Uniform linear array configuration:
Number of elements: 16
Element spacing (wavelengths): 0.25
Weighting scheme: exponential
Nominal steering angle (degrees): -30
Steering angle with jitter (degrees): -30.493
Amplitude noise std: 0.05
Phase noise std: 0.05

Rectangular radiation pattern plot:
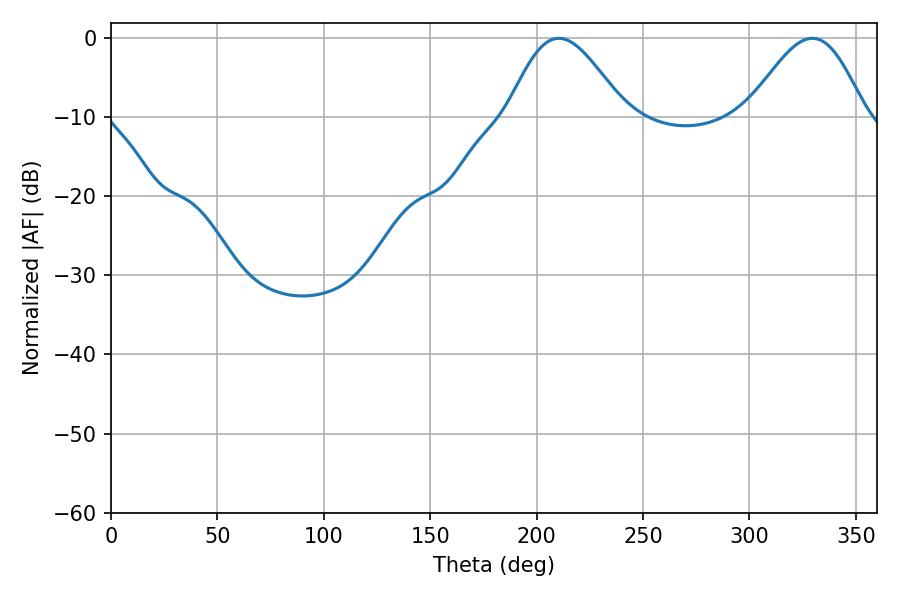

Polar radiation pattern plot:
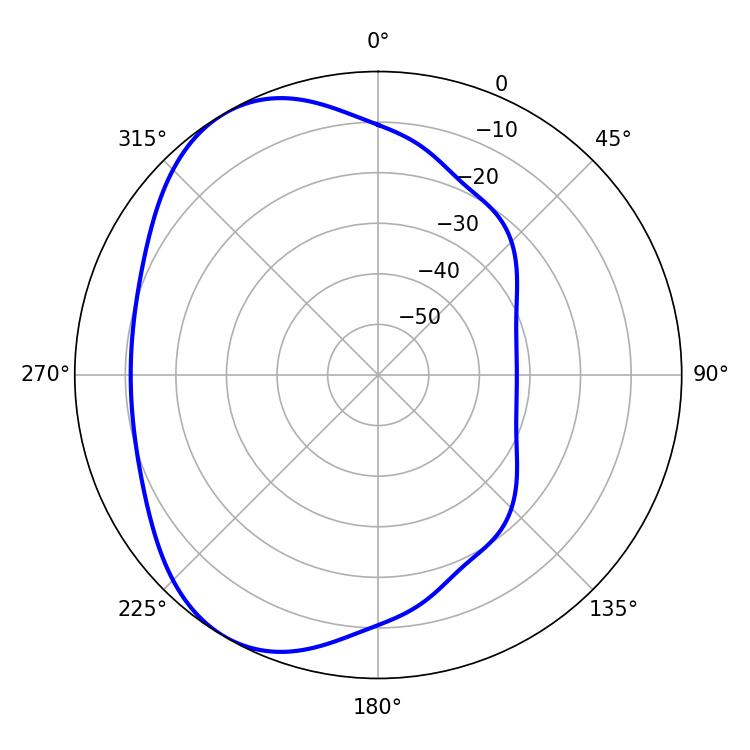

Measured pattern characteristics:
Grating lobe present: FALSE
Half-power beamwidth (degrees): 29.16
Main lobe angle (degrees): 210.42